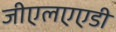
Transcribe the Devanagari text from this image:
जीएलएएडी